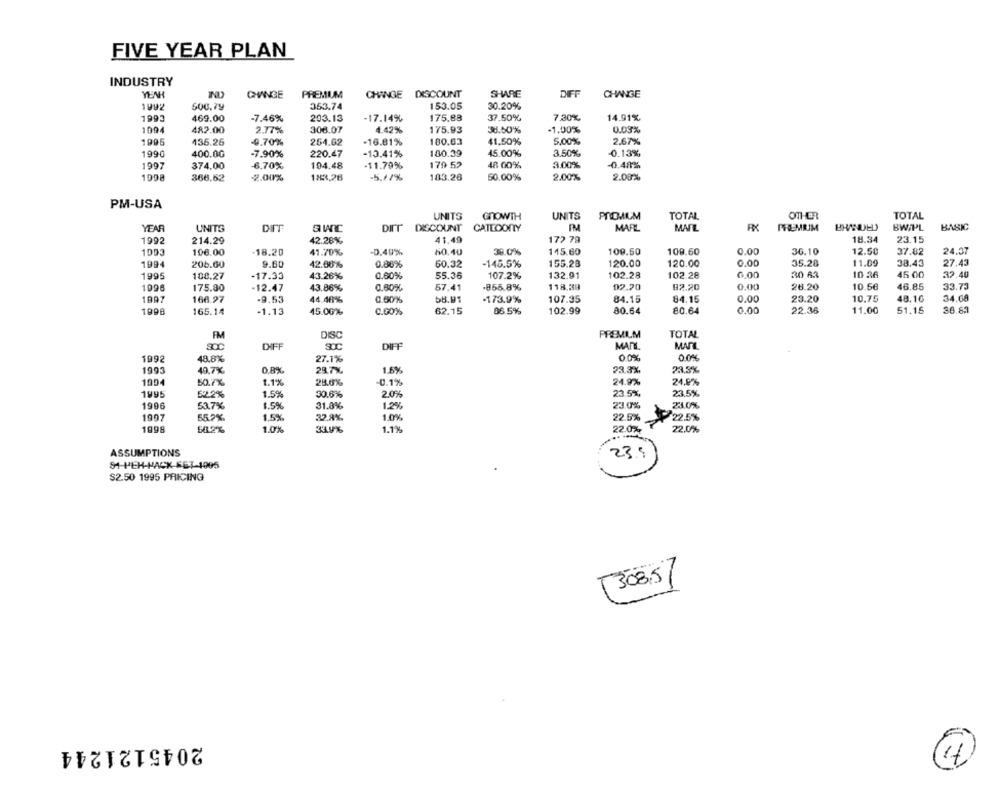
FIVE YEAR PLAN
INDUSTRY
CHANGE
PREMIUM
CHANGE DISCOUNT
SHARE
DIFF
CHANGE
1992
500.79
353.74
153.05
30.20%
1993
469.00
-7.46%
203.13
-17.14%
175.88
37.50%
7 30%
14.91%
1994
482.00
2.77%
308.07
4.42%
175.93
38.50%
-1.00%
0.03%
1995
136.26
-9.70%
254.62
-16.81%
180.63
41.50%
5,00%
2.67%
1990
400.00
-7.90%
220.47
-13.41%
180.39
45.00%
3.50%
-0.13%
1997
374,00
6.70%
104.48
-11.79%
179 52
48 00%
3.00%
-0.48%
1998
366.52
-2.00%
183,26
-5.17%
183.26
50.00%
2.00%
2.00%
PM-USA
UNITS
TOTAL
GROWTH
UNITS
PROMUM
TOTAL
OTHER
YEAR
UNITS
DIT
DITT DISCOUNT
CATLOONY
MAFEL
MAIL
PREMIUM
BRANDED
BW.PL
BASIC
172 79
18.34
23.15
1992
214.29
42.28%
41.49
1003
108.00
-18.20
41.70%
-0,40%
h0.40
38.0%
115.60
109.50
109.60
0.00
36.10
12.50
37.82
24.37
155.28
11.09
1994
206.60
9.60
42.08%
0.88%
50.32
-145.5%
120.00
120.00
0.00
35.28
38.43
27.43
1995
108.27
-17.33
43.26%
0.60%
55.36
107.2%
132.91
102.28
102.28
6.00
30 83
10 36
45.00
32.40
0.60%
.855.8%
118.39
02.20
92.20
0.00
28.20
10.56
46.85
33.73
1996
175.80
-12.47
43.86%
57.41
1997
166.27
-9.53
44.46%
0.50%
58.91
-173.9%
107.35
84.15
84.15
0.00
23.20
10,75
48.16
34.68
80.64
51.15
1998
165.14
-1.13
45.00%
C.60%
62.15
86.5%
102.99
80.64
0.00
22.36
11.00
36.85
TOTAL
FM
DISC
PREMIUM
SOC
CHEF
SOC
DIEE
MARE
MATE
00%
1992
48.8%
27.1%
1993
49.7%.
O.RX
29.7%
1.5%
23.3%
23.3%
1994
1.1%
0.1%
24.9%
24.8%
50.7%
25.6%
1995
52.2%
1.5%
30.6%
20%
23.5%
23.5%
233.0%
1996
53.7%
1.5%
31.8%
1,2%
23.0%
1907
65.7%
1.5%
32.8%.
1.0%
22.5%
22.5%
1998
1.1%
22.0%
51.2%
1.0%
33.9%
22.0%
ASSUMPTIONS
23.5
$2.50 1995 PRICING
308.5/
2045121244